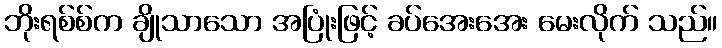
ဘိုးရစ်စ်က ချိုသာသော အပြုံးဖြင့် ခပ်အေးအေး မေးလိုက် သည်။